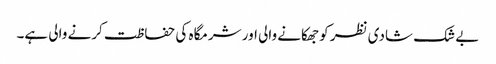
بے شک شادی نظر کو جھکانے والی اور شرمگاہ کی حفاظت کرنے والی ہے۔